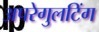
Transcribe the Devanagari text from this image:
अपरेगुलटिंग